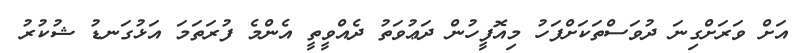
އަށް ވަރަށްގިނަ ދުވަސްތަކަށްފަހު މިއޮފީހުން ދަޢުވަތު ދެއްވީތީ އެންމެ ފުރަތަމަ އަޅުގަނޑު ޝުކުރު